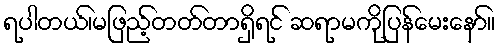
ရပါတယ်၊မဖြည့်တတ်တာရှိရင် ဆရာမကိုပြန်မေးနော်။